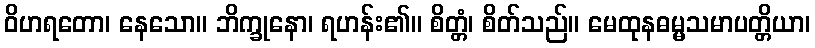
ဝိဟရတော၊ နေသော။ ဘိက္ခုနော၊ ရဟန်း၏။ စိတ္တံ၊ စိတ်သည်။ မေထုနဓမ္မသမာပတ္တိယာ၊